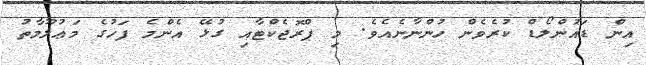
އިން ޑައުންލޯޑް ކުރެވެން ހުންނާނެއެވެ. މި ޕްރޮޖެކްޓާއި ގުޅޭ އެންމެ ފަހުގެ މަޢުލޫމާތު